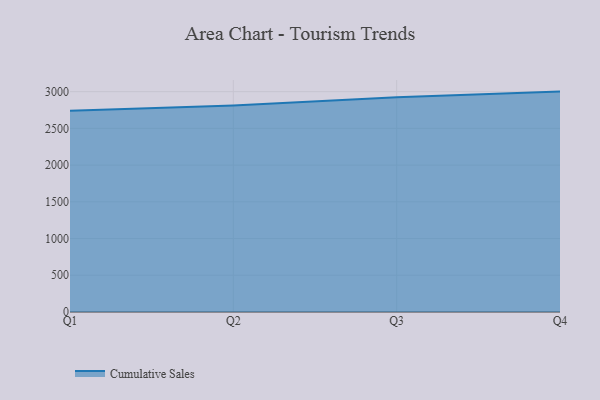
{"axis": {"x": "Quarter", "y": "Customer Acquisition Cost (USD)"}, "legend": ["Cumulative Sales"], "data": [{"x": "Q1", "y": 2739.0, "type": "Cumulative Sales"}, {"x": "Q2", "y": 2810.8, "type": "Cumulative Sales"}, {"x": "Q3", "y": 2922.7, "type": "Cumulative Sales"}, {"x": "Q4", "y": 3000.9, "type": "Cumulative Sales"}]}